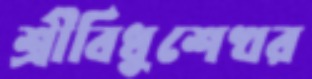
শ্রীবিধুশেখর